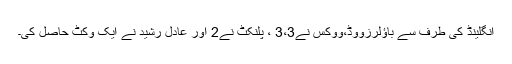
انگلینڈ کی طرف سے باؤلرزووڈ،ووکس نے3،3 ، پلنکٹ نے2 اور عادل رشید نے ایک وکٹ حاصل کی۔